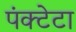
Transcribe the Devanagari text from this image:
पंक्टेटा